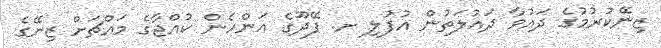
ޒިނޭކުރުމުގެ ދައުވާ ދައުލަތުން އުފުލި ށ. ފޭދޫގެ އަންހެން ކުއްޖާގެ މައްޗަށް ޒިނޭގެ